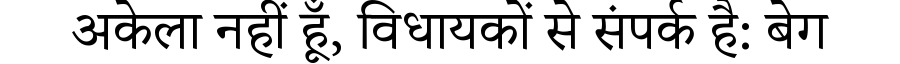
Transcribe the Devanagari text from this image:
अकेला नहीं हूँ, विधायकों से संपर्क है: बेग